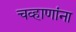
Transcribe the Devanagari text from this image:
चव्हाणांना